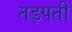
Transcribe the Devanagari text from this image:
तड़पती